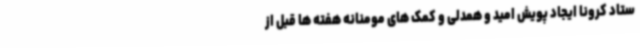
ستاد کرونا ایجاد پویش امید و همدلی و کمک های مومنانه هفته ها قبل از